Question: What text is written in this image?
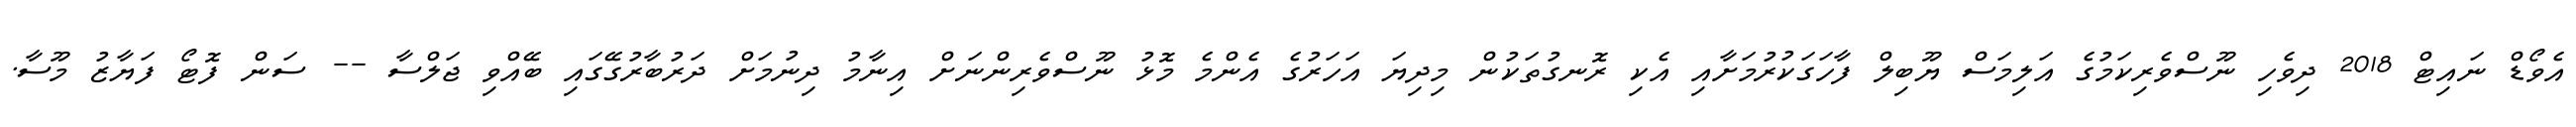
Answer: އެވޯޑް ނައިޓް 2018 ދިވެހި ނޫސްވެރިކަމުގެ އަލިމަސް ޔޫބިލް ފާހަގަކުރުމަށާއި އެކި ރޮނގުތަކުން މިދިޔަ އަހަރުގެ އެންމެ މޮޅު ނޫސްވެރިންނަށް އިނާމު ދިނުމަށް ދަރުބާރުގޭގައި ބޭއްވި ޖަލްސާ -- ސަން ފޮޓޯ ފަޔާޒު މޫސާ.